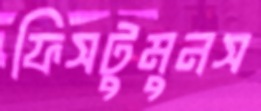
ফিসটুমুনস